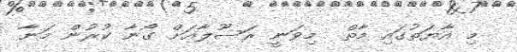
މި އާޔަތުގައި މާތް  މިވަނީ ރަސޫލާއަށް ގޯނާ ކުރުން މަނާ